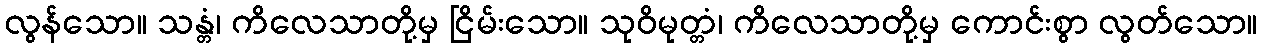
လွန်သော။ သန္တံ၊ ကိလေသာတို့မှ ငြိမ်းသော။ သုဝိမုတ္တံ၊ ကိလေသာတို့မှ ကောင်းစွာ လွတ်သော။